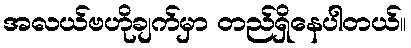
အလယ်ဗဟိုချက်မှာ တည်ရှိနေပါတယ်။